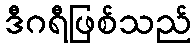
ဒီဂရီဖြစ်သည်